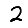
Digit: 2